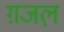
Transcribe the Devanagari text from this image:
ग़जल़